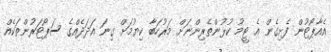
އެއާޕޯޓުން ފެށިގެން އެ ޓީމު ކުޅުންތެރިންނަށް މަރުހަބާ ކިޔުމަށް ގިނަ އަދަދެއްގެ ސަޕޯޓަރުންތަކެއް